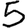
Digit: 5